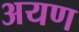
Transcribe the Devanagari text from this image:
अयण